Bréfritari: Jakobína Jónsdóttir
Viðtakandi: Sólveig Jónsdóttir
Dagsetning: A-1867-03-24
Skrifað á: Reykjavík  Gull.
systir bréfviðtakanda

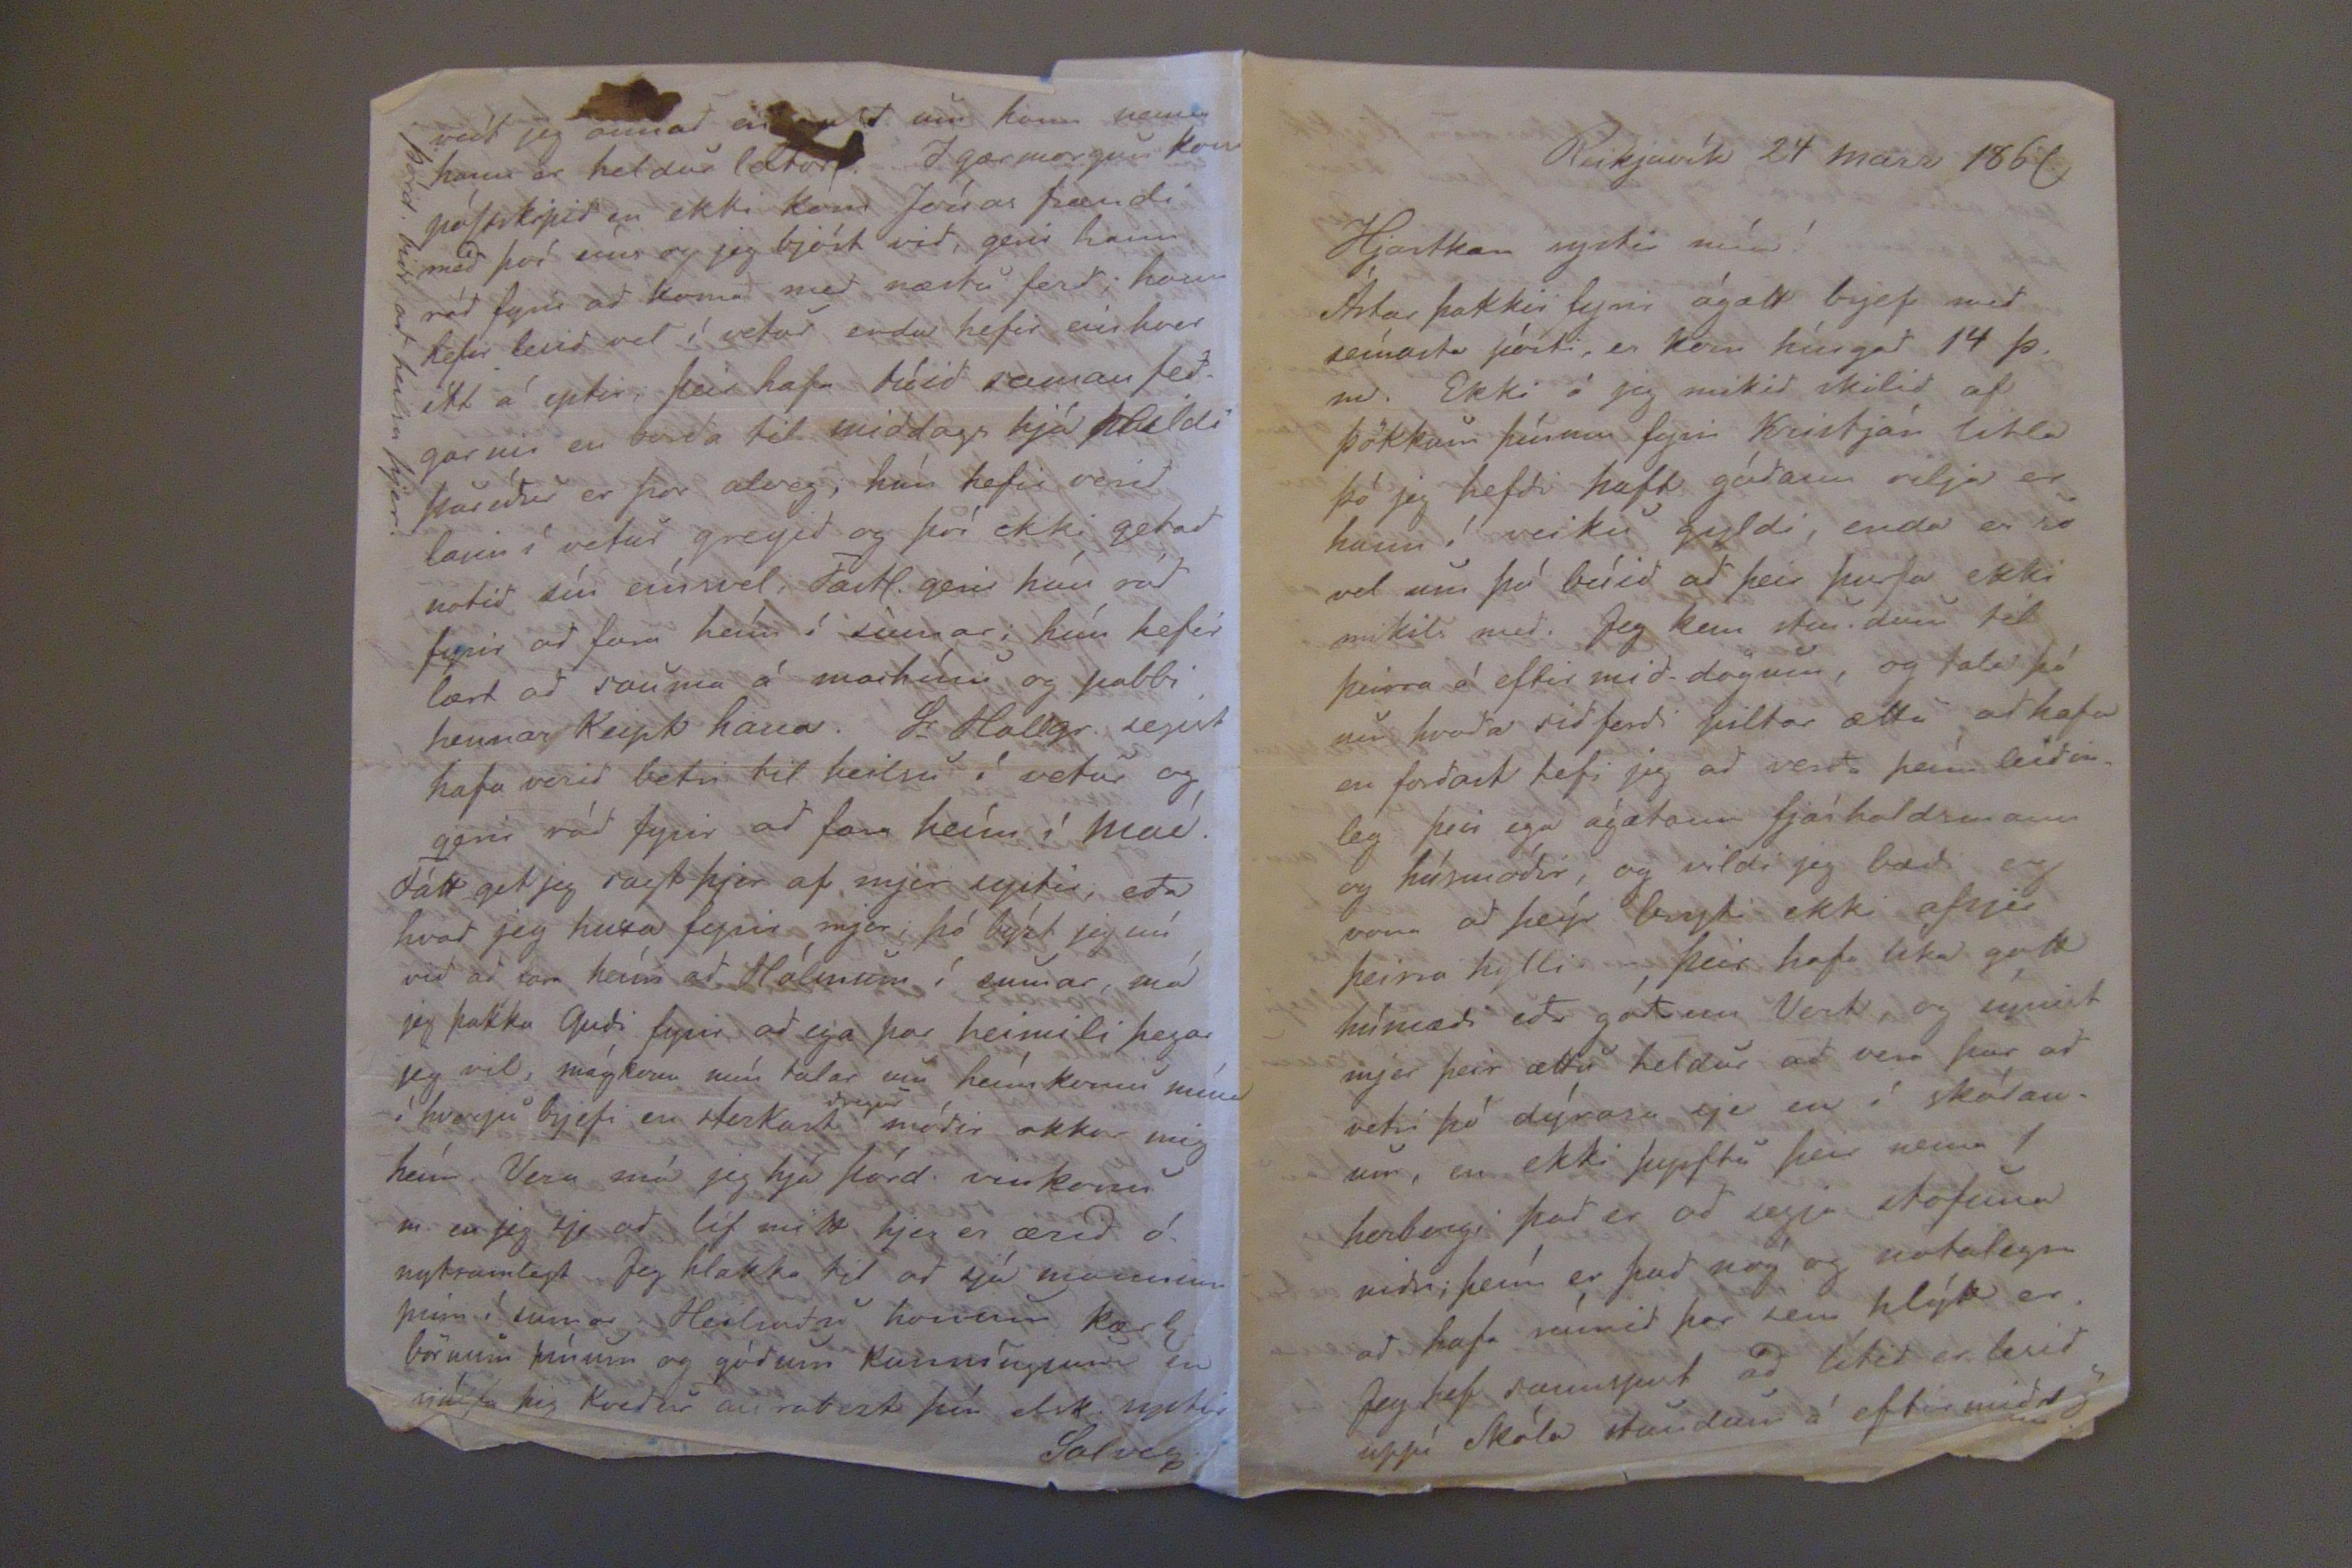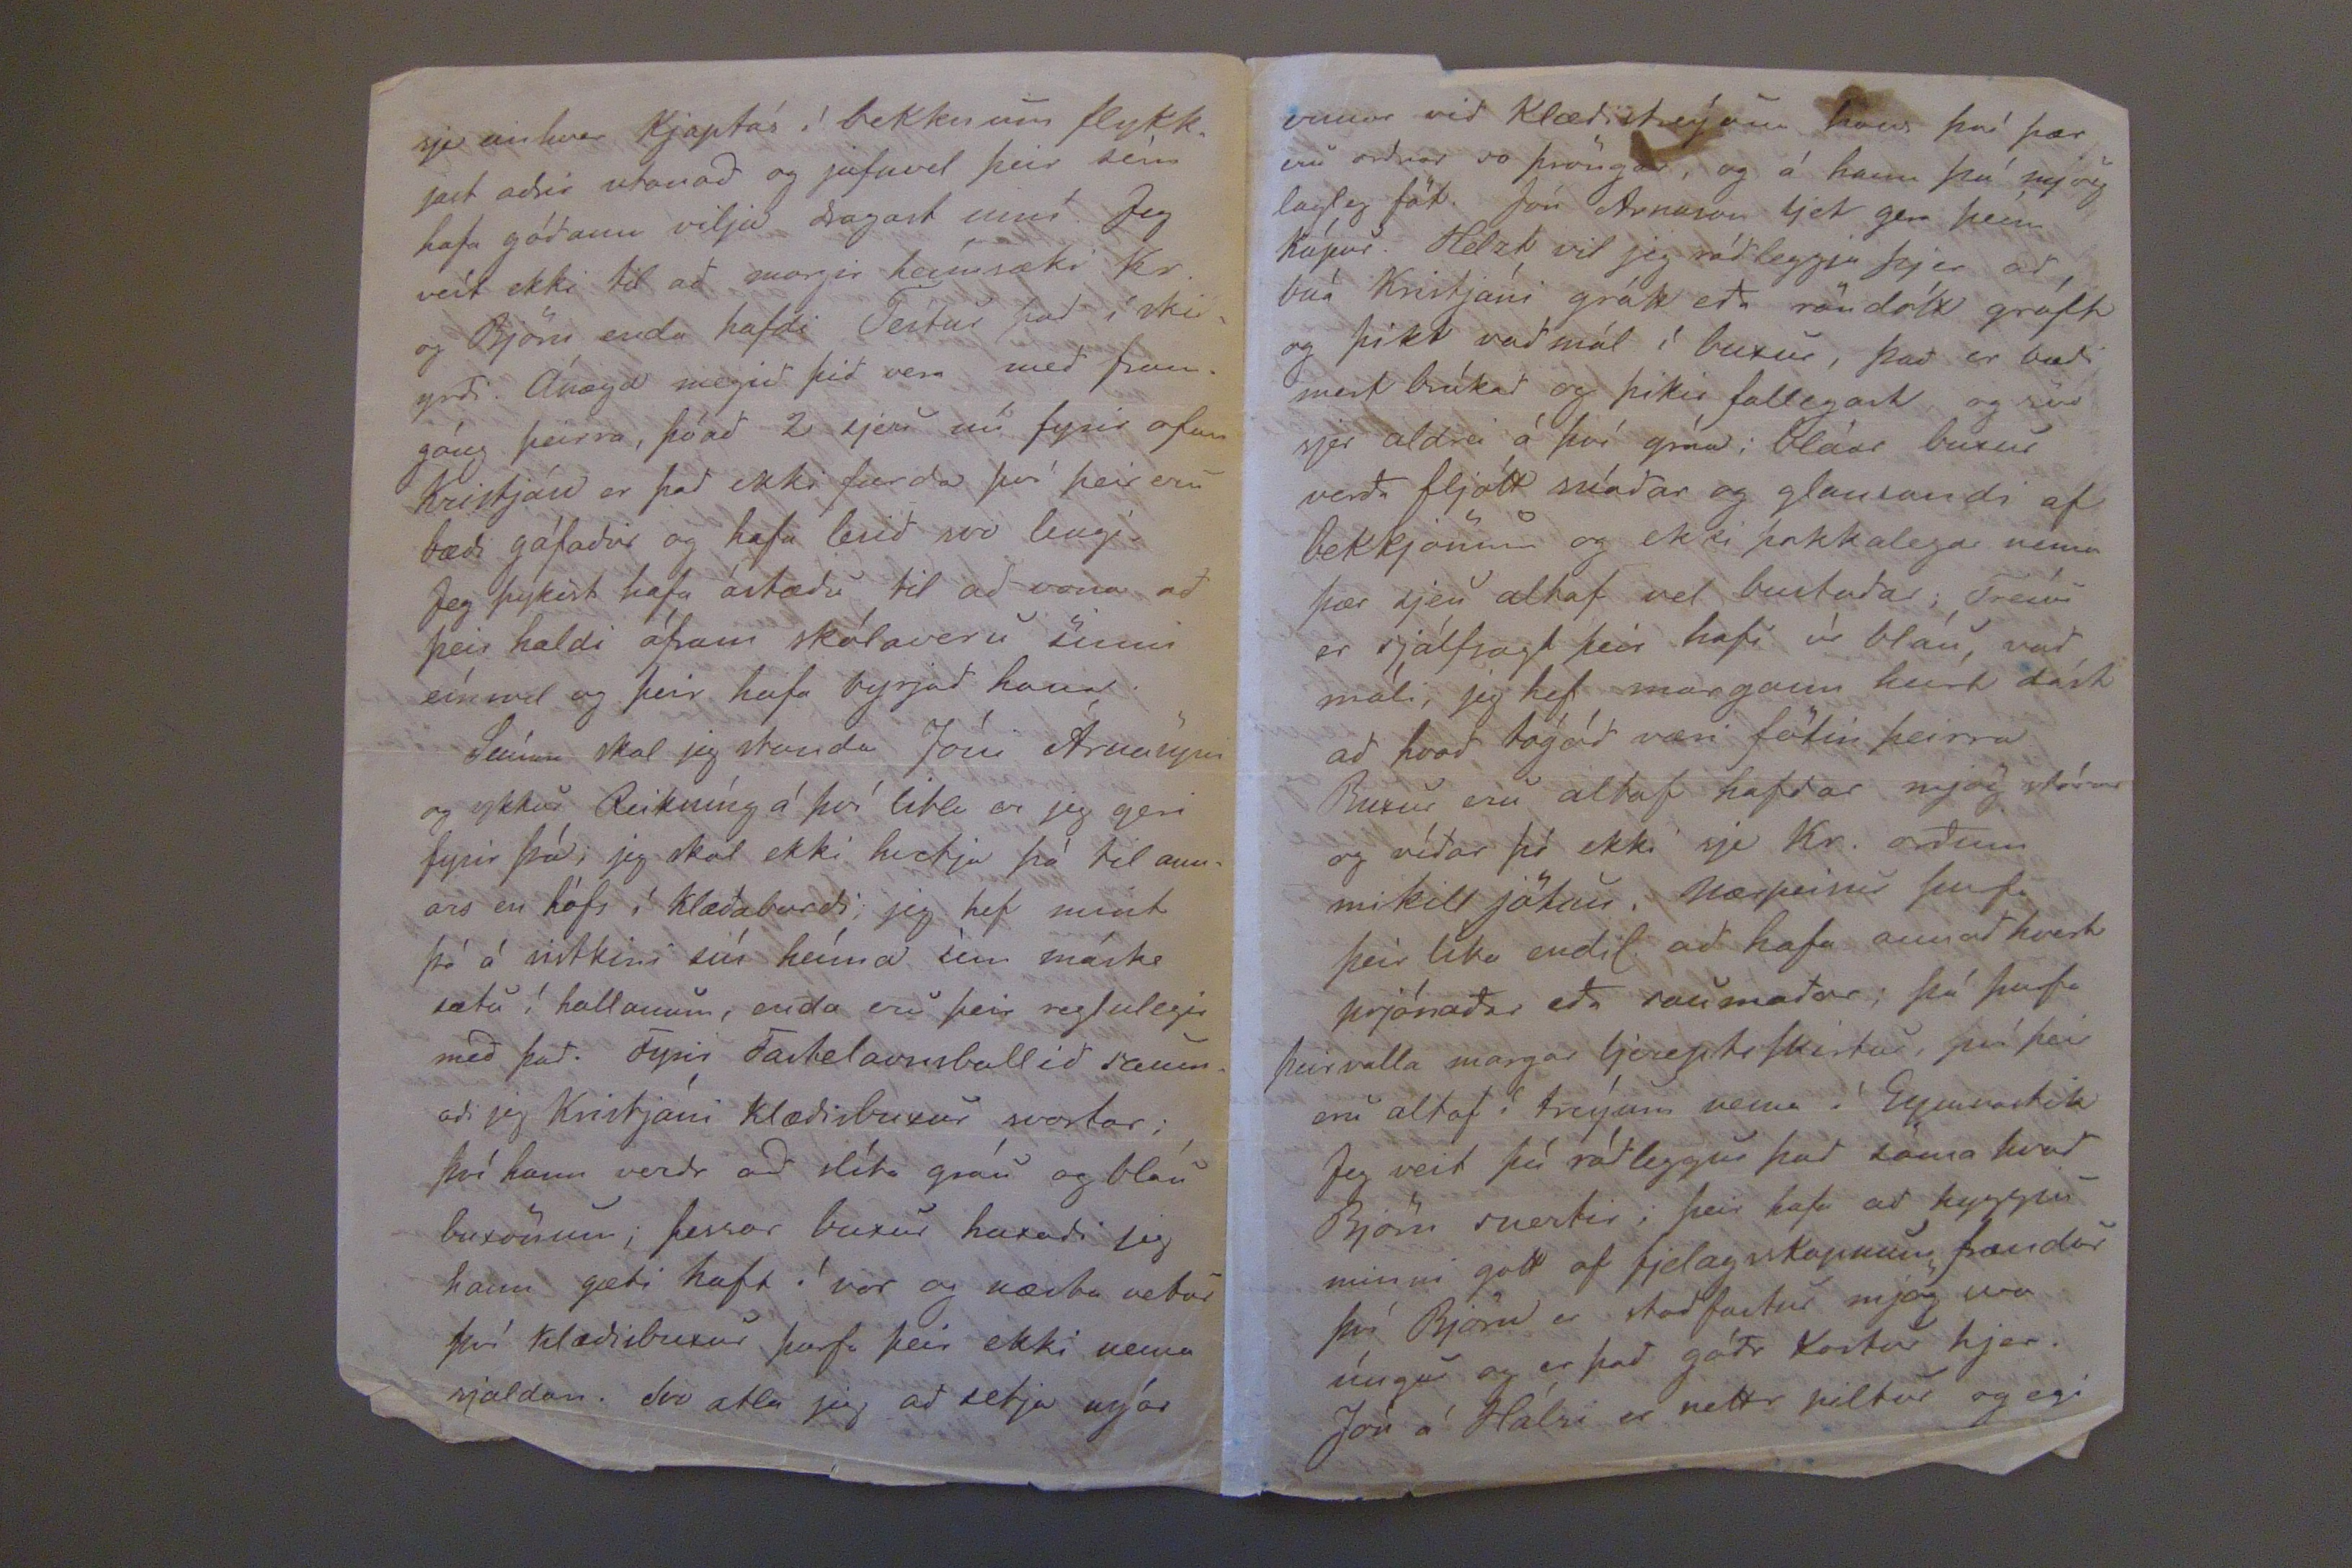

Reikjavík 24 marz 1867
Hjartkæra systir mín!
Ástar þakkir fyrir ágætt brjefi med seínasta pósti, en kom híngad 14 þ.m. Ekki á jeg mikid skilid af þökkum þínum fyrir Kristján litla þó jeg hefdi haft gódann vilja er hann í veiku gyldi, enda er so vel um þó búid ad þeir þurfa ekki mikils med. Jeg kom stundum til þeirra á eptirmid-dögum, og tala þá um hvada sidferdi piltar ættu ad hafa en fordast hefi jeg ad verda þeím leidinleg þeir ega ágætann fjárhaldsmann og húsmódir, og vildi jeg ædi og vona ad þeýr leyti ekki afsjer þeirra hylli. Þeir hafa líka gott húsnædi eda gódum Vert, og sýnist mjer þeir ættir heldur ad vera þar ad vetri þó dýrara sje en í skólanum, en ekki þyrftu þeir nema 1 herbergi þad er ad segja stofuna nidri þeím er þad nóg og notalegra ad hafa rúmid þar sem hlýtt er. Jeg hef sannspurt ad lítid er lesid uppí Skóla stundum á eftir middögum
sje einhver Kjaptúr í bekknum flykkjast adrir utanad og jafnve þeir sem hafa gódann vilja togast inní. Jeg veít ekki til ad margir heímsæki Kr. og Björn enda hafdi Teítur þad í skilyrdi. Ánægd medi þid vera med framgáng þeirra, þóad 2 sjeu nú fyrir ofan Kristján er þad ekki furda því þeir eru bædi gáfadir og hafa lesid svo lengi. Jeg þykist hafa ástædu til ad vona ad þeir haldi áfram skólaveru sinni eínsvel og þeir hafa byrjad hana.
Seínna skal jeg stauda Jóni Árnasyni og ykkur Reikníng á því lilia er jeg geri fyrir þá; jeg skal ekki hvetja þá til annars en hófs í klædaburdi, jeg hef mint þó á sistkini sín heíma sem máske sætu í hallanum, auda eru þeir reglulegir med þad. Fyrir Farhelaunsballid saumadi jeg Kristjáni klædisbuxur svartar; því hann verdr ad slíta gráu og bláu buxönum; þessar buxur huxadi jeg hann gæti haft í vor og næsta vetur því klædisbuxur þurfa þeir ekki nema sjaldan. Svo ætla jeg ad segja nýar
veít jeg annad
ei
um hann nema hann er heldur latur. I gærmorgun kom póStskipid en ekki kom Jónas frændi med því eíns og jeg bjóst vid, gerir hann rád fyrir ad koma med næstu ferd, hann hefir lesid vel í vetur enda hefir einhver ítt á eptir, þeir hafa hóid saman Sedgarnir en borda til middags hjá Hildi Þurídur er þar alveg, hún hefir verid lasin í vetur greyid og því ekki getad notid sín eínsvel. Fatt. getir hún rád fyrir ad fara heím í sumar; hún hefir lært ad sauma á machínu og pabbi hennar Keypt hana. Sr Hallgr. segist hafa verid betri til heilsu í vetur og gerir rád fyrir ad fara heím í Maí. Fátt get jeg sagt þjer af mjer systir, eda hvad jeg huxa fyrir mjer; þó býzt jeg nú vid ad fara heím ad Hólmum í sumar, má jeg þakka Gudi fyirr ad ega þar heimili þegar jeg vil, mágkona mín talar um heímkomu mína í hverju brjefi en sterkast
dregur
módir okkar mig heím. Vera má jeg hjá Þórd. vinkonu m. en jeg sje ad líf mitt hjer er ærid ónytsamlegt. Jeg hlakka til ad sjá manninn þinn í sumar. Heilsadu honum kærl. börnum þínum og gódum kunníngjum en sjálfa þig kvedur allrabezt þín elsk. systir
Solveg
ermum
vid Klædistreýuna hans því þær eru ordnar so þröngar, og á hann þó mjög lagleg föt. Jón Arnason ljet gera þeím kápur. Helzt vil jeg rádleggja þjer ad búa Kristjáni grátt eda röndótt gróft og þikt vadmál í buxur, þad er bædi mest brúkad og þikir fallegast og svo sjer aldrei á því gráa; bláar buxur verda fljótt snádar og glansandi af bekkjönum og ekki þokkalega nema þær sjeu altaf vel bustadar; Treíur er sjálfsagt þeir hafi úr bláu vad máli, jeg hef margann heírt dást ad hvad fágód væri fötin þeirra. Buxur eru altaf hafdar mjög stórar og vídar þó ekki sje Kr. ordum mikill jötun.
Nærpeinur
þarf þeir líka endil. ad hafa annad hvort prjónadar eda saumadar; þá þurfa þeir valla margar ljereptirSkirtur, því þeir eru altaf í treýum nema í
Eyjavastik
Jeg veit þú rádleggur þad sama hvad Björn snertir; þeir hafa ad hyggju minni gott af fjelagsskapnum frændur því Björn er stadfastur mjög svo úngur og er þad gódr Kostur hjer. Jón á Hálsi er nettr piltur og egi